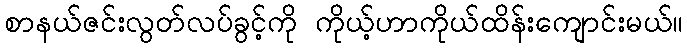
စာနယ်ဇင်းလွတ်လပ်ခွင့်ကို ကိုယ့်ဟာကိုယ်ထိန်းကျောင်းမယ်။